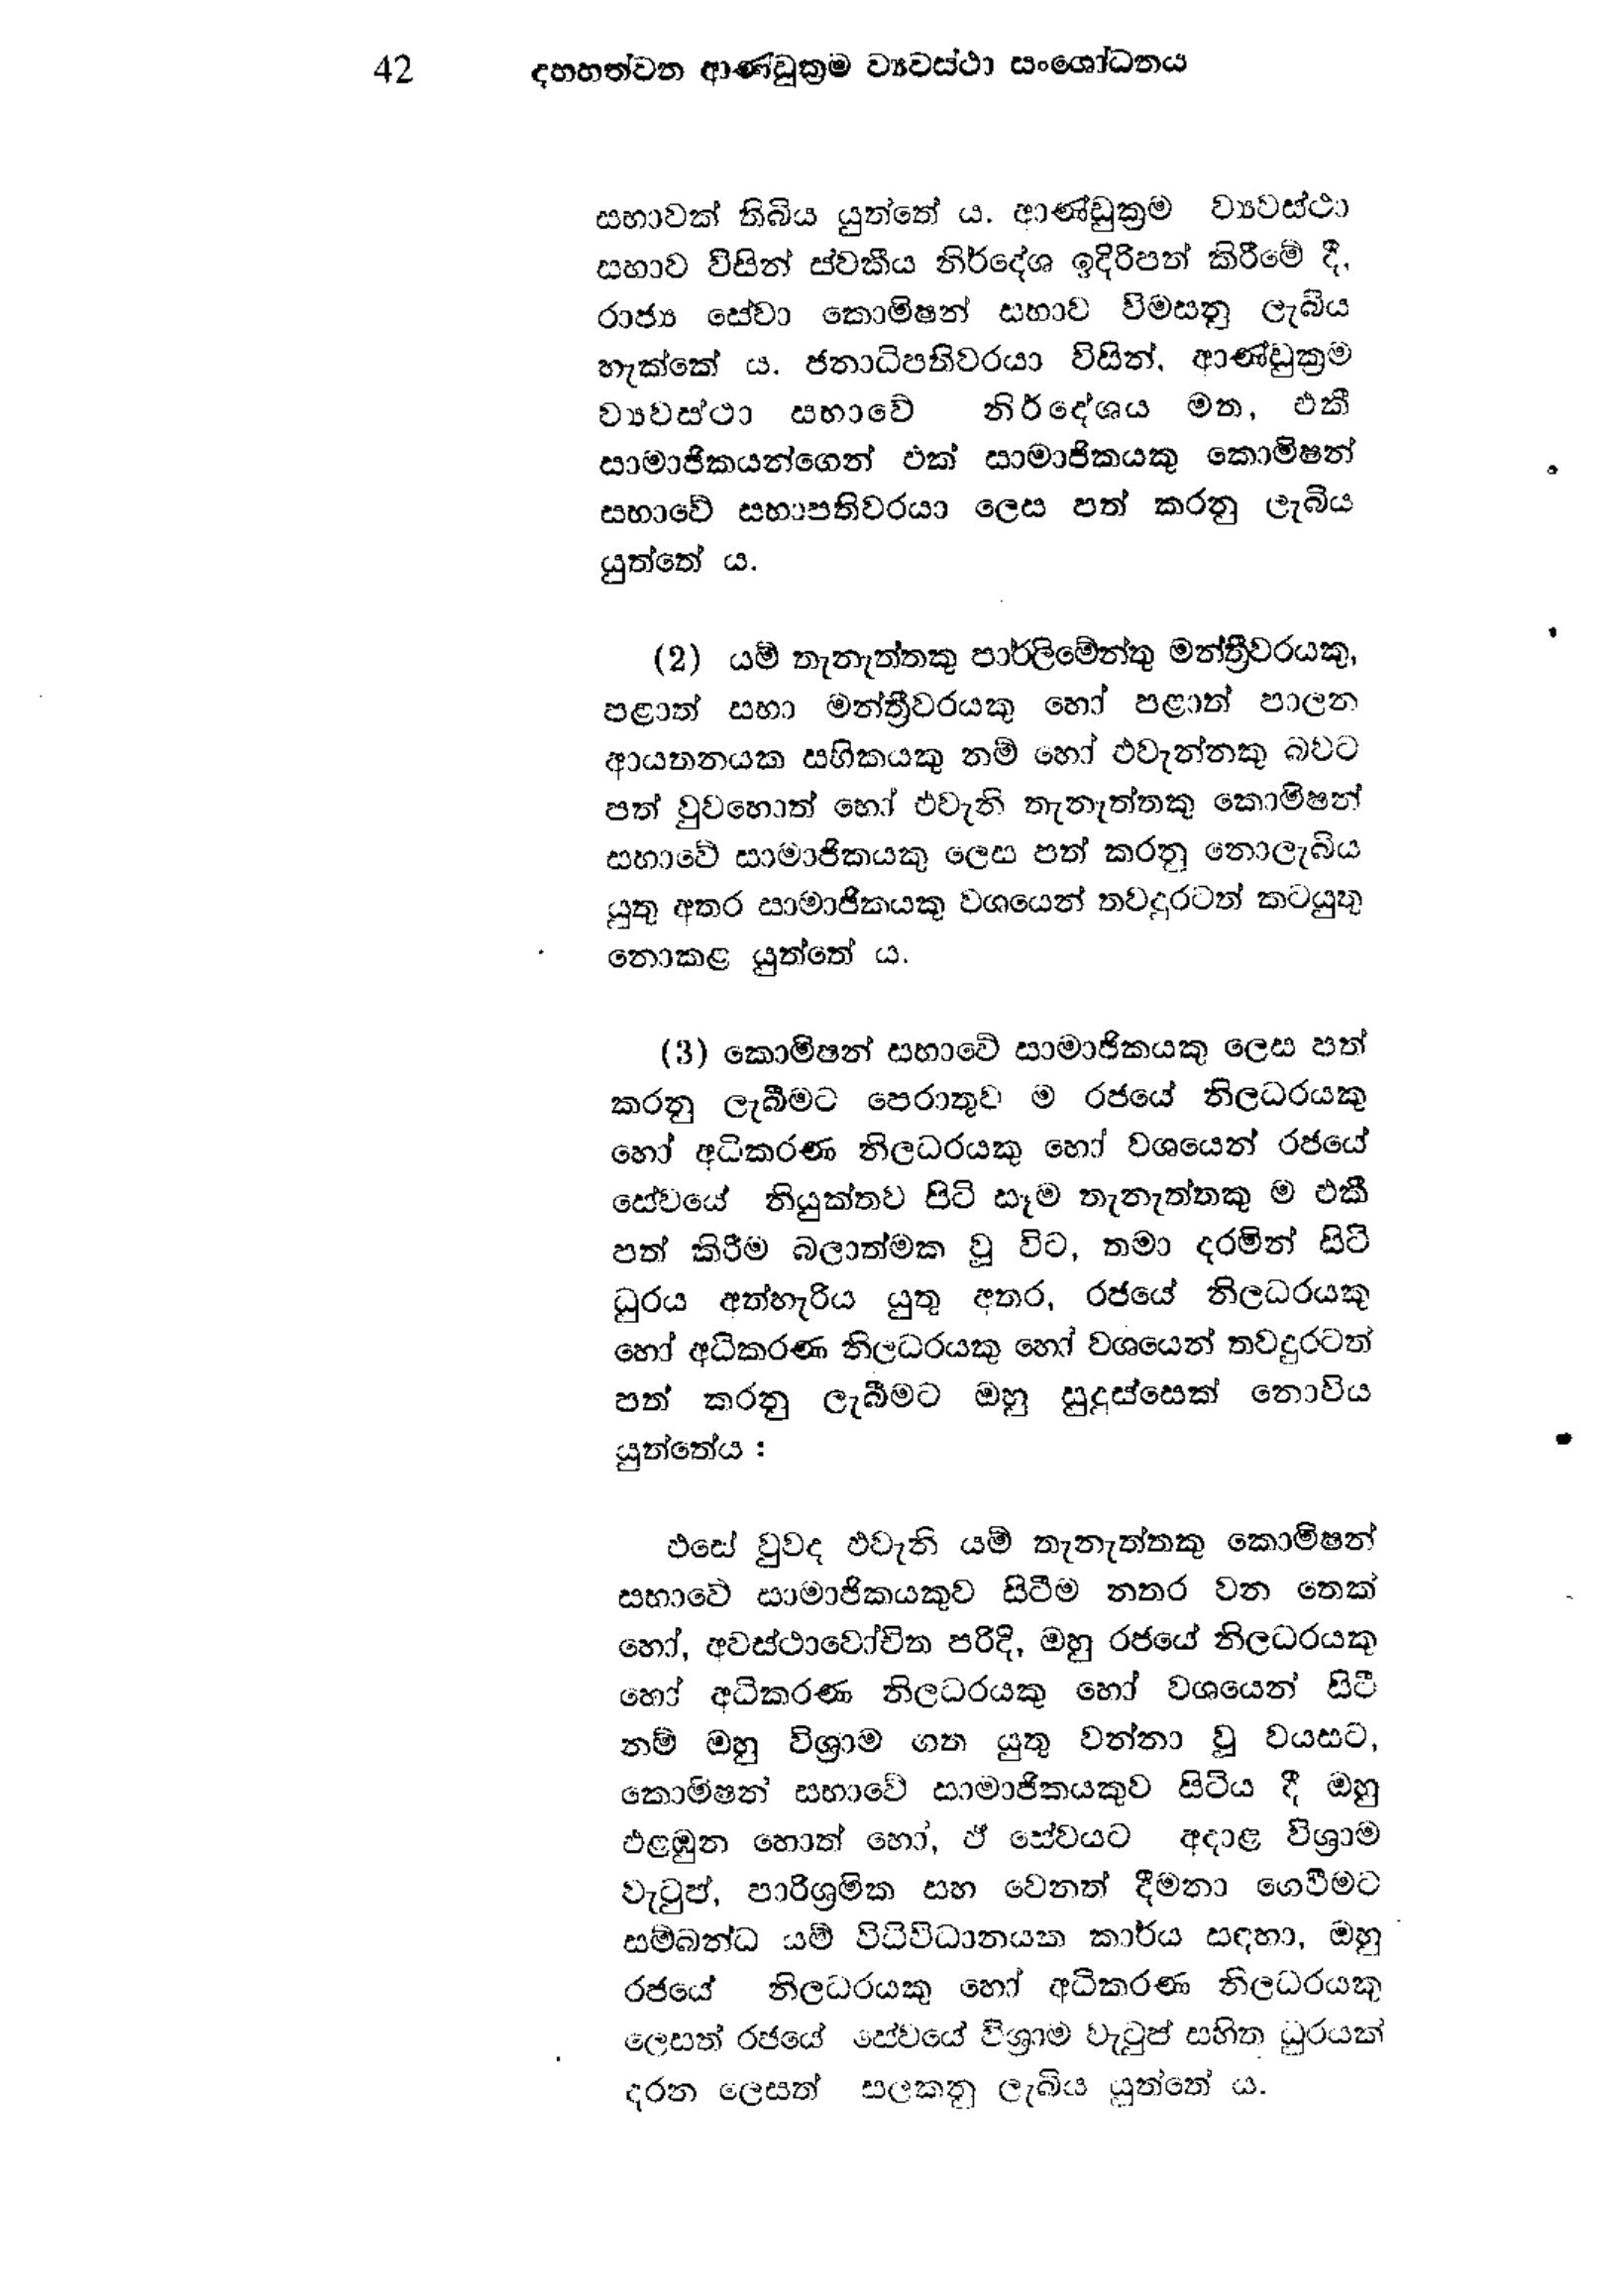
42 දහහත්වන ආණ්ඩුක්‍රම ව්‍යවස්ථා සංශෝධනය

සභාවක් තිබිය යුත්තේය. ආණ්ඩුක්‍රම ව්‍යවස්ථා
සභාව විසින් ස්වකීය නිර්දේශ ඉදිරිපත් කිරීමේ දී
රාජ්‍ය සේවා කොමිෂන් සභාව විමසනු ලැබිය
හැක්කේ ය. ජනාධිපතිවරයා විසින්, ආණ්ඩුක්‍රම
ව්‍යවස්ථා සභාවේ නිර්දේශය මත, එකී
සාමාජිකයන්ගෙන් එක් සාමාජිකයකු කොමිෂන්
සභාවේ සභාපතිවරයා ලෙස පත් කරනු ලැබිය
යුත්තේ ය.

(2) යම් තැනැත්තකු පාර්ලිමේන්තු මන්ත්‍රීවරයකු,
පළාත් සභා මන්ත්‍රීවරයකු හෝ පළාත් පාලන
ආයතනයක සභිකයකු නම් හෝ එවැන්නකු බවට
පත් වුවහොත් හෝ එවැනි තැනැත්තකු කොමිෂන්
සභාවේ සාමාජිකයකු ලෙස පත් කරනු නොලැබිය
යුතු අතර සාමාජිකයකු වශයෙන් තවදුරටත් කටයුතු
නොකළ යුත්තේය.

(3) කොමිෂන් සභාවේ සාමාජිකයකු ලෙස පත්
කරනු ලැබීමට පෙරාතුව ම රජයේ නිලධරයකු
හෝ අධිකරණ නිලධරයකු හෝ වශයෙන් රජයේ
සේවයේ නියුක්තව පිටි සෑම තැනැත්තකු ම ඵකී
පත් කිරීම බලාත්මක වූ විට, තමා දරමින් සිටි
ධුරය අත්හැරිය යුතු අතර, රජයේ නිලධරයකු
හෝ අධිකරණ නිලධරයකු හෝ වශයෙන් තවදුරටත්
පත් කරනු ලැබීමට ඔහු සුදුස්සෙක් නොවිය
යුත්තේය:

එසේ වුවද එවැනි යම් තැනැත්තකු කොමිෂන්
සභාවේ සාමාජිකයකුව සිටීම නතර වන තෙක්
නෝ, අවස්ථාවෝචිත පරිදි, ඔහු රජයේ නිලධරයකු
හෝ අධිකරණ නිලධරයකු හෝ වශයෙන් සිටී
නම් ඔහු විශ්‍රාම ගත යුතු වන්නා වූ වයසට,
කොමිෂන් සභාවේ සාමාජිකයකුව සිටිය දී ඔහු
එළඹුන හොත් හෝ, ඒ සේවයට අදාළ විශ්‍රාම
වැටුප්, පාරිශ්‍රමික සහ වෙනත් දීමනා ගෙවීමට
සම්බන්ධ යම් විධිවිධානයක කාර්ය සඳහා, ඔහු
රජයේ නිලධරයකු හෝ අධිකරණ නිලධරයකු
ලෙසත් රජයේ සේවයේ විශ්‍රාම වැටුප් සහිත ධුරයක්
දරන ලෙසත් සලකනු ලැබිය යුත්තේය.